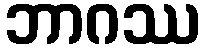
ဘာဂဿ